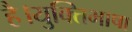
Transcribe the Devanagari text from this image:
है।युक्तिभाषा